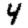
Digit: 4